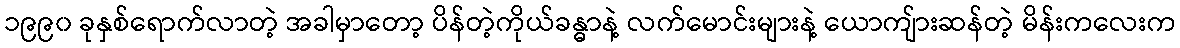
၁၉၉၀ ခုနှစ်ရောက်လာတဲ့ အခါမှာတော့ ပိန်တဲ့ကိုယ်ခန္ဓာနဲ့ လက်မောင်းများနဲ့ ယောကျ်ားဆန်တဲ့ မိန်းကလေးက